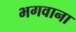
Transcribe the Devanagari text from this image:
भगवाना